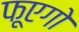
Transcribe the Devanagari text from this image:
फूएगो